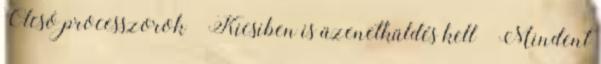
Olcsó processzorok ● Kicsiben is üzenetküldés kell – Mindent